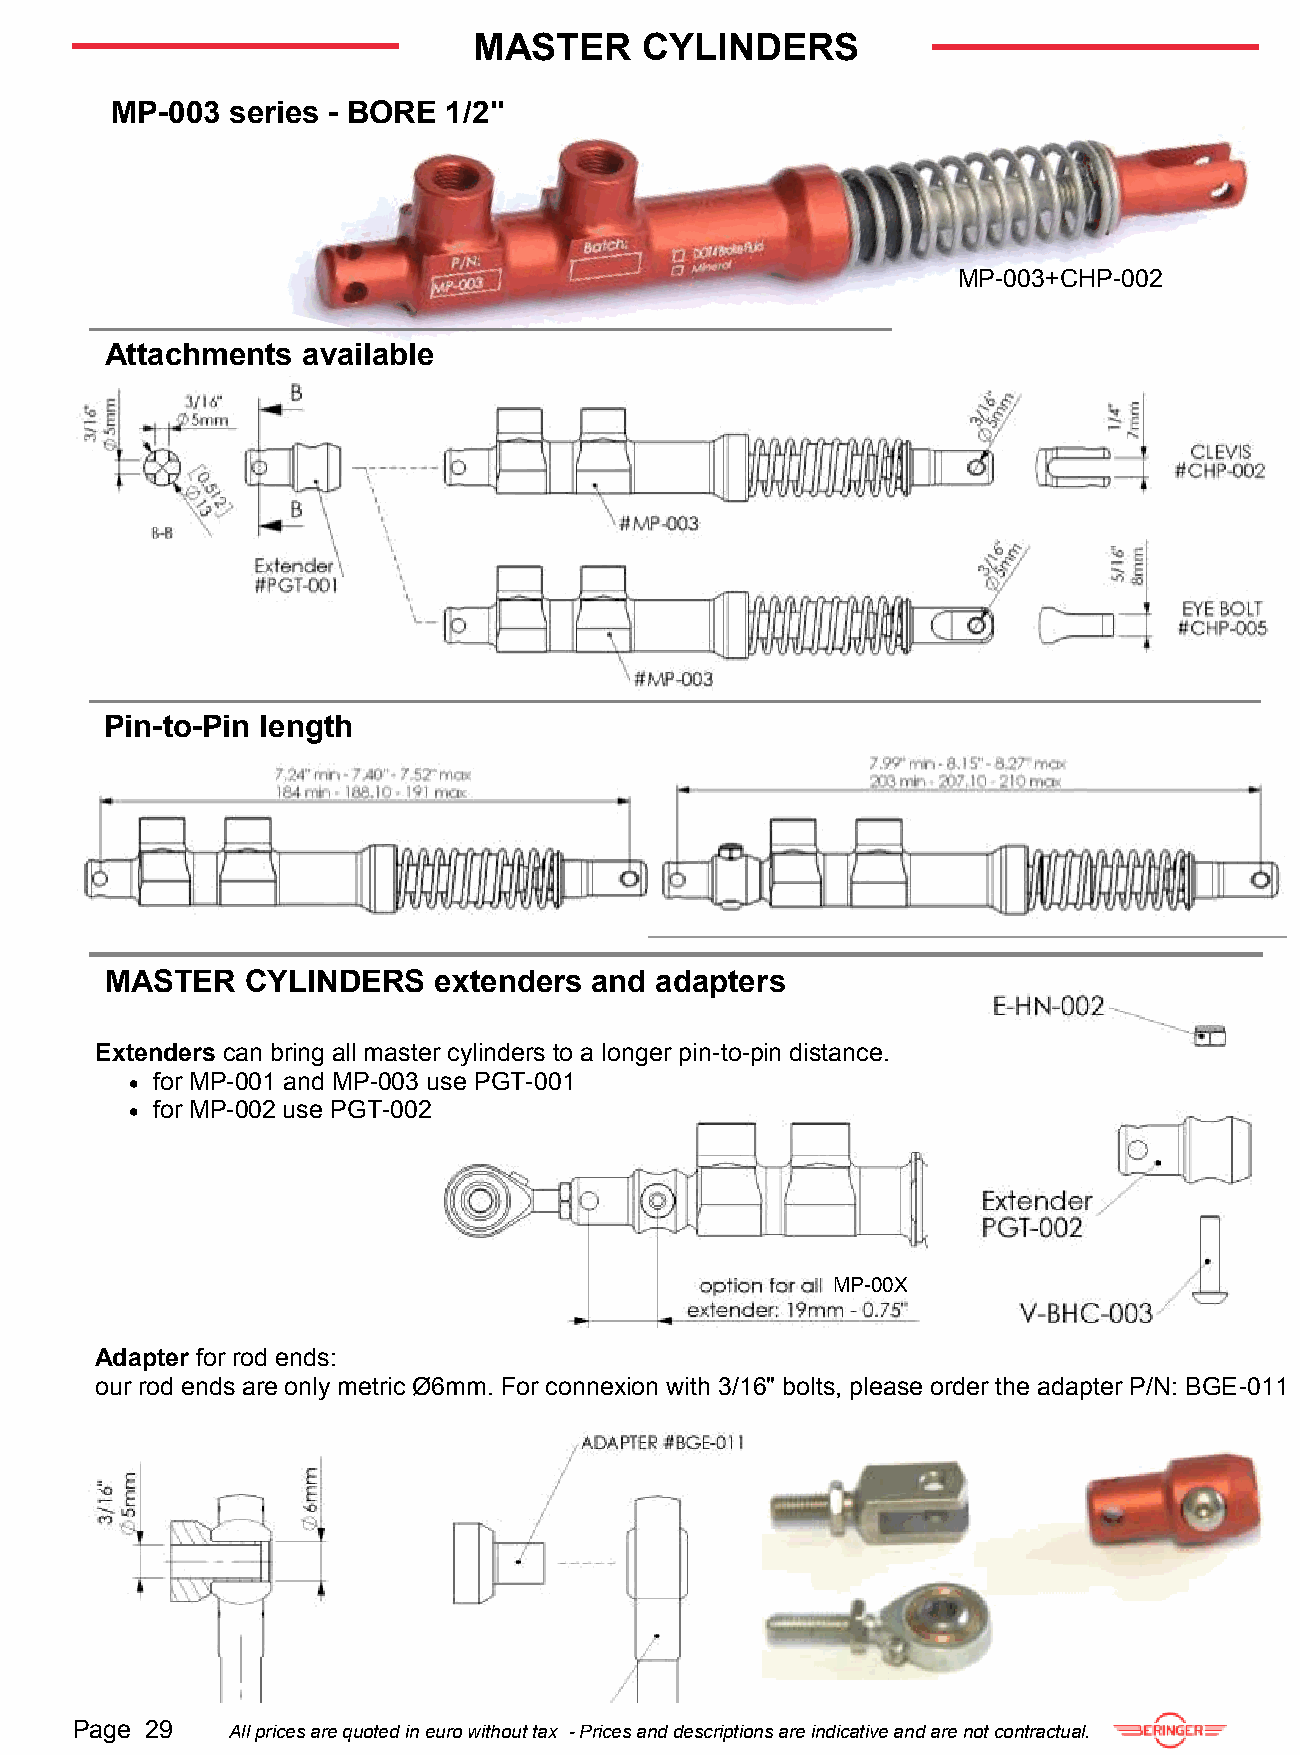
MASTER     CYLINDERS
 MP-003  series - BORE  1/2"
 MP-003+CHP-002
 Attachments  available
 Pin-to-Pin length
 MASTER   CYLINDERS    extenders and adapters
 Extenders can bring all master cylinders to a longer pin-to-pin distance.
  for MP-001 and MP-003 use PGT-001
  for MP-002 use PGT-002
 MP-00X
 Adapter for rod ends:
 our rod ends are only metric Ø6mm. For connexion with 3/16" bolts, please order the adapter P/N: BGE-011
 Page 29   All prices are quoted in euro without tax - Prices and descriptions are indicative and are not contractual.